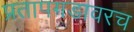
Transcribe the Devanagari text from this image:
प्रतापगडावरच